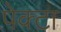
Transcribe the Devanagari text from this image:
पेक्टा